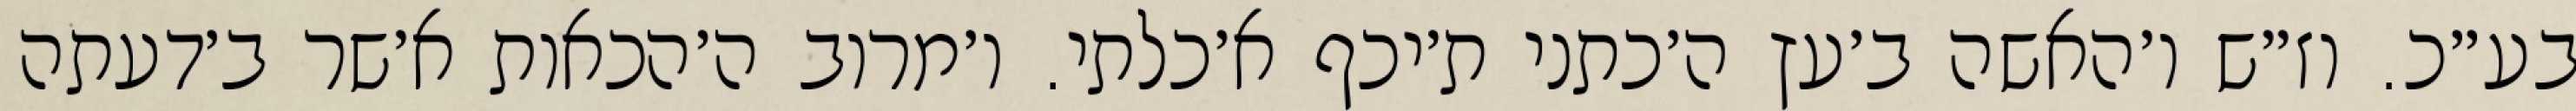
בע״כ. וז״ש ו׳האשה ב׳עץ ה׳כתני ת׳יכף א׳כלתי. ו׳מרוב ה׳הכאות א׳שר ב׳דעתה